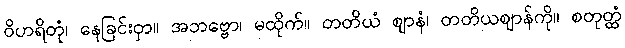
ဝိဟရိတုံ၊ နေခြင်းငှာ။ အဘဗ္ဗော၊ မထိုက်။ တတိယံ ဈာနံ၊ တတိယဈာန်ကို။ စတုတ္ထံ